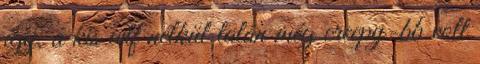
így, a kis wtf nélkül talán még creepy-bb volt